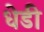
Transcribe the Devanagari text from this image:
धेडी